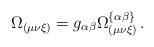
LaTeX: \begin{align*}\Omega _{\left( \mu \nu \xi \right) }=g_{\alpha \beta }\Omega _{\left( \mu\nu \xi \right) }^{\left\{ \alpha \beta \right\} }\,.\end{align*}